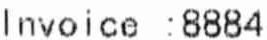
INVOICE :8884